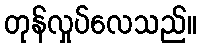
တုန်လှုပ်လေသည်။